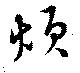
煩